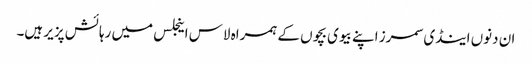
ان دنوں اینڈی سمرز اپنے بیوی بچوں کے ہمراہ لاس اینجلس میں رہائش پزیر ہیں۔